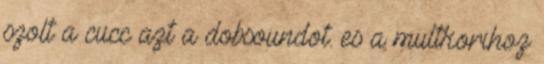
szolt a cucc azt a dobsoundot. es a multkorihoz